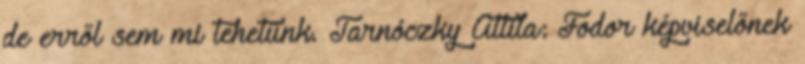
de erről sem mi tehetünk. Tarnóczky Attila: Fodor képviselőnek